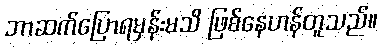
ဘာဆက်ပြောရမှန်းမသိ ဖြစ်နေဟန်တူသည်။